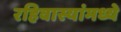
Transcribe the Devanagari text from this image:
रहिवास्यांमध्ये